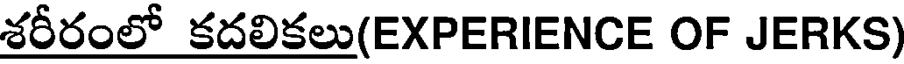
శరీరంలో కదలికలు(EXPERIENCE OF JERKS)